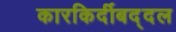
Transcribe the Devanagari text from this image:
कारकिर्दीबद्दल